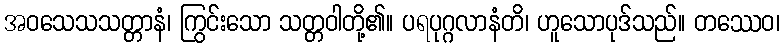
အဝသေသသတ္တာနံ၊ ကြွင်းသော သတ္တဝါတို့၏။ ပရပုဂ္ဂလာနံတိ၊ ဟူသောပုဒ်သည်။ တဿေဝ၊